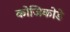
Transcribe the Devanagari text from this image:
कोजिकोडे